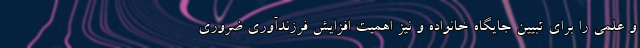
و علمی را برای تبیین جایگاه خانواده و نیز اهمیت افزایش فرزندآوری ضروری